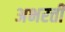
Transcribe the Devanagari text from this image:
अभरती